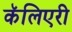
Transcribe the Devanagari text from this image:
कॅलिएरी